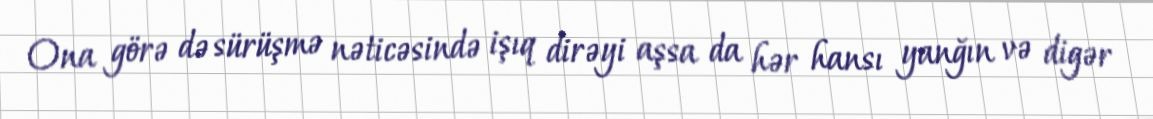
Ona görə də sürüşmə nəticəsində işıq dirəyi aşsa da hər hansı yanğın və digər